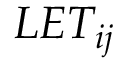
L E T _ { i j }